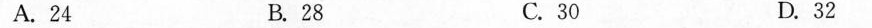
A. 24 B. 28 C. 30 D.32